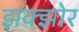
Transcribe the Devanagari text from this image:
झक्झोर